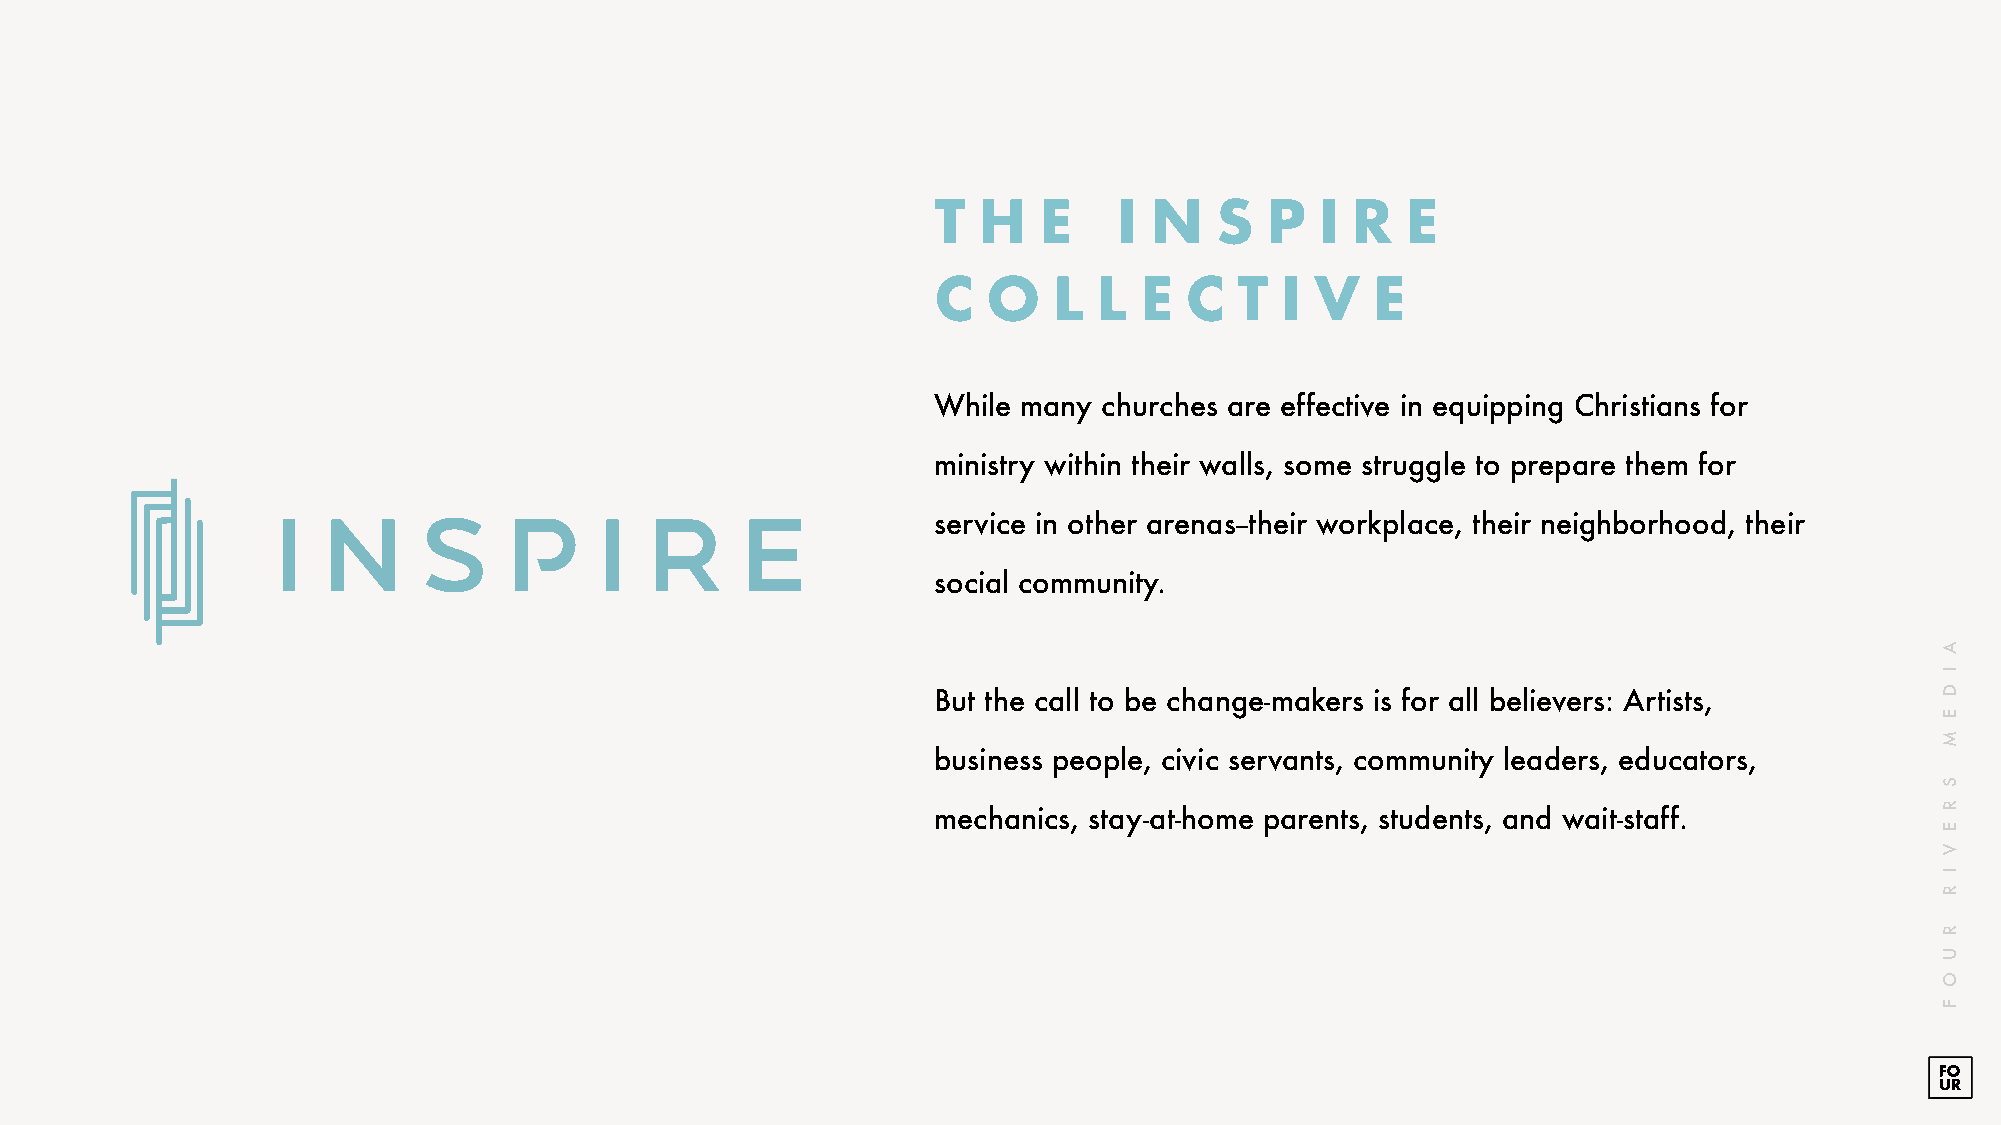
T  H   E    I N   S   P  I R   E
 C  O    L  L E  C   T  I V   E
 While many churches are effective in equipping Christians for
 ministry within their walls, some struggle to prepare them for
 service in other arenas--their workplace, their neighborhood, their
 social community.
 But the call to be change-makers is for all believers: Artists,
 business people, civic servants, community leaders, educators,
 mechanics, stay-at-home parents, students, and wait-staff.
 A
 I
 D
 E
 M
 S
 R
 E
 V
 I
 R
 R
 U
 O
 F